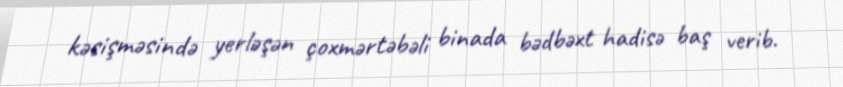
kəsişməsində yerləşən çoxmərtəbəli binada bədbəxt hadisə baş verib.